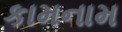
કામનામ